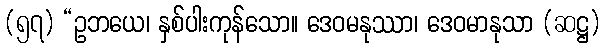
(၅၇) “ဥဘယေ၊ နှစ်ပါးကုန်သော။ ဒေဝမနုဿာ၊ ဒေဝမာနုသာ (ဆဋ္ဌ)